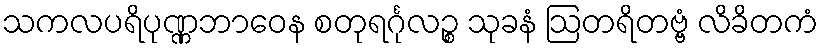
သကလပရိပုဏ္ဏဘာဝေန စတုရင်္ဂုလဉ္စ သုခနံ ဩတရိတဗ္ဗံ လိခိတကံ